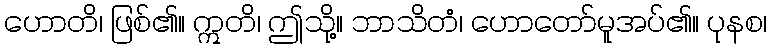
ဟောတိ၊ ဖြစ်၏။ ဣတိ၊ ဤသို့။ ဘာသိတံ၊ ဟောတော်မူအပ်၏။ ပုနစ၊